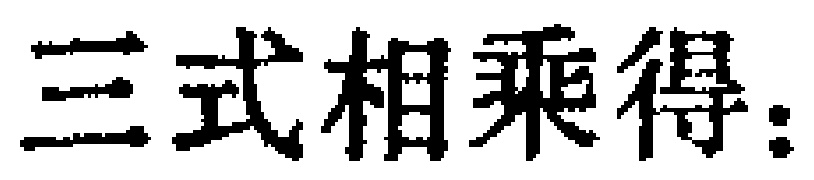
三式相乘得：